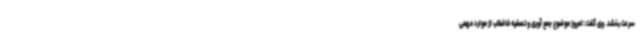
سرعت بخشد. وی گفت: امروز موضوع جمع آوری و تصفیه فاضلاب از موارد مهمی